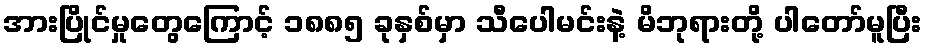
အားပြိုင်မှုတွေကြောင့် ၁၈၈၅ ခုနှစ်မှာ သီပေါမင်းနဲ့ မိဘုရားတို့ ပါတော်မူပြီး